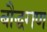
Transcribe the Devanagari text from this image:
बौद्धगण